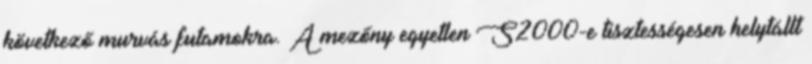
következő murvás futamokra. A mezőny egyetlen S2000-e tisztességesen helytállt